Report of the Municipal Commissioner on the plague in Bombay for the year ending 31st May... - Volume 3
Disease focus: Plague
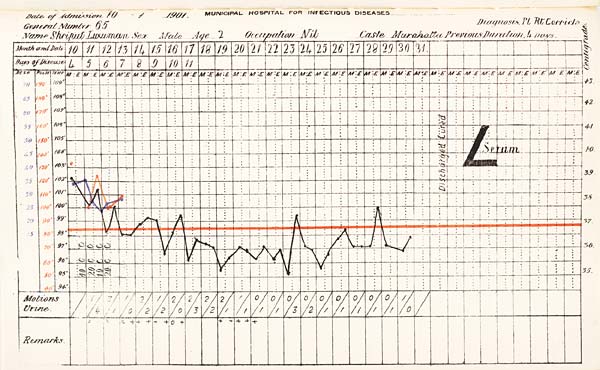
Date
of
Admission
1901
MUNICIPAL
HOSPITAL
FOR
INFECTIOUS
DISEASES.
General
Number
Diagnosis
Name
Sex
Age
Occupation
Caste
Previous
Duration